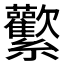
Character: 𰫻